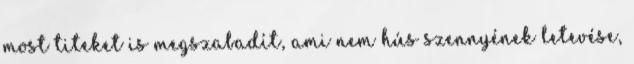
most titeket is megszabadít, ami nem hús szennyének letevése,